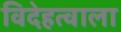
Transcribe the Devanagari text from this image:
विदेहत्वाला